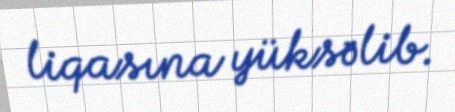
liqasına yüksəlib.